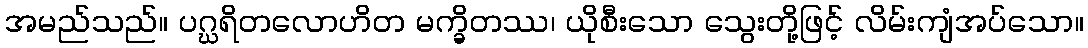
အမည်သည်။ ပဂ္ဃရိတလောဟိတ မက္ခိတဿ၊ ယိုစီးသော သွေးတို့ဖြင့် လိမ်းကျံအပ်သော။